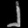
Digit: ၂